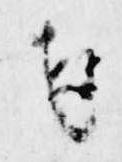
者